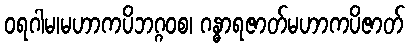
ဝရဂါမ၊မဟာကပိဘဂ္ဂဝစ၊ ဂန္ဓာရဇာတ်မဟာကပိဇာတ်